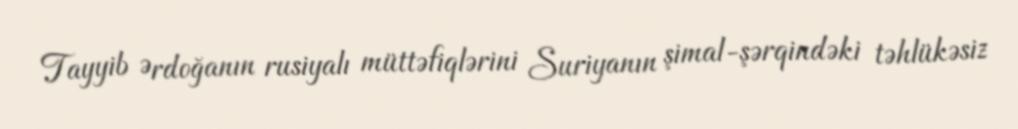
Tayyib Ərdoğanın rusiyalı müttəfiqlərini Suriyanın şimal-şərqindəki təhlükəsiz